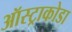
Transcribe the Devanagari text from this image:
ऑस्ट्राकोडा